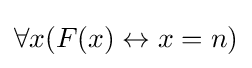
\forall x(F(x)\leftrightarrow x=n)